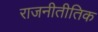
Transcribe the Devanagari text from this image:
राजनीतीतिक